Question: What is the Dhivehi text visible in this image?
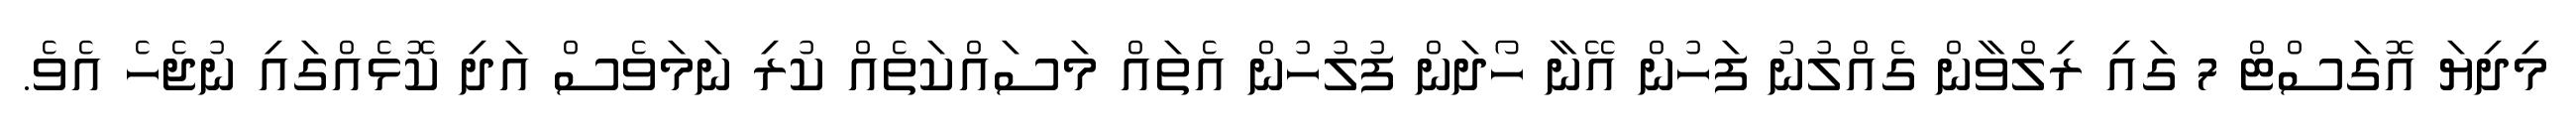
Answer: މިދިޔަ އޮގަސްޓް 7 ގައި ރިލްވާން ގެއްލުނު ފަހުން އޭނާ ހޯދަން ފުލުހުން އެތައް މަސައްކަތެއް ކުރި ނަމަވެސް އަދި ކޮޅެއްގައި ނުޖެހެ އެވެ.